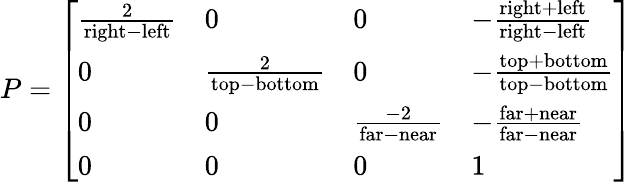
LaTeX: P={\left[\begin{array}{llll}{{\frac{2}{{\mathrm{right}}-{\mathrm{left}}}}}&{0}&{0}&{-{\frac{{\mathrm{right}}+{\mathrm{left}}}{{\mathrm{right}}-{\mathrm{left}}}}}\\ {0}&{{\frac{2}{{\mathrm{top}}-{\mathrm{bottom}}}}}&{0}&{-{\frac{{\mathrm{top}}+{\mathrm{bottom}}}{{\mathrm{top}}-{\mathrm{bottom}}}}}\\ {0}&{0}&{{\frac{-2}{{\mathrm{far}}-{\mathrm{near}}}}}&{-{\frac{{\mathrm{far}}+{\mathrm{near}}}{{\mathrm{far}}-{\mathrm{near}}}}}\\ {0}&{0}&{0}&{1}\end{array}\right]}